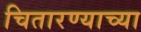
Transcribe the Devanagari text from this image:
चितारण्याच्या